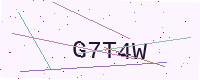
Text: G7T4W